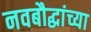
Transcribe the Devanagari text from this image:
नवबौद्धांच्या